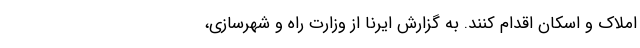
املاک و اسکان اقدام کنند. به گزارش ایرنا از وزارت راه و شهرسازی،